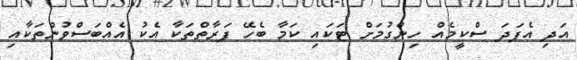
އަދި އެފަދަ ސްކީމެއް ހިންގުމަށް ޓަކައި ކަމާ ބެހޭ ފަރާތްތަކާ އެކު އެއްބަސްވުންތަކާއި